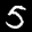
Label: 5